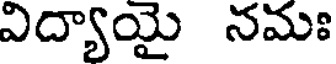
విద్యాయై నమః